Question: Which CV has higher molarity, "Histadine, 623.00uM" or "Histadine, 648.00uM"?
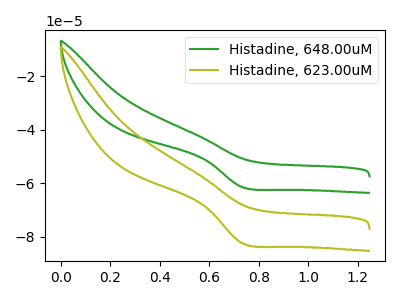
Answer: <think>The green curve "Histadine, 648.00uM" has a cathodic peak at: (0.75V, -61.30uA). The olive curve "Histadine, 623.00uM" has a cathodic peak at: (0.75V, -82.15uA).
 All the peaks in "Histadine, 623.00uM" have a peak in "Histadine, 648.00uM" at the same potential. Every peak in "Histadine, 623.00uM" is higher than every peak in "Histadine, 648.00uM".</think>
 <answer>"Histadine, 623.00uM" has more signal than "Histadine, 648.00uM" and so likely has a higher concentration.</answer>
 <eval>more_concentration</eval>